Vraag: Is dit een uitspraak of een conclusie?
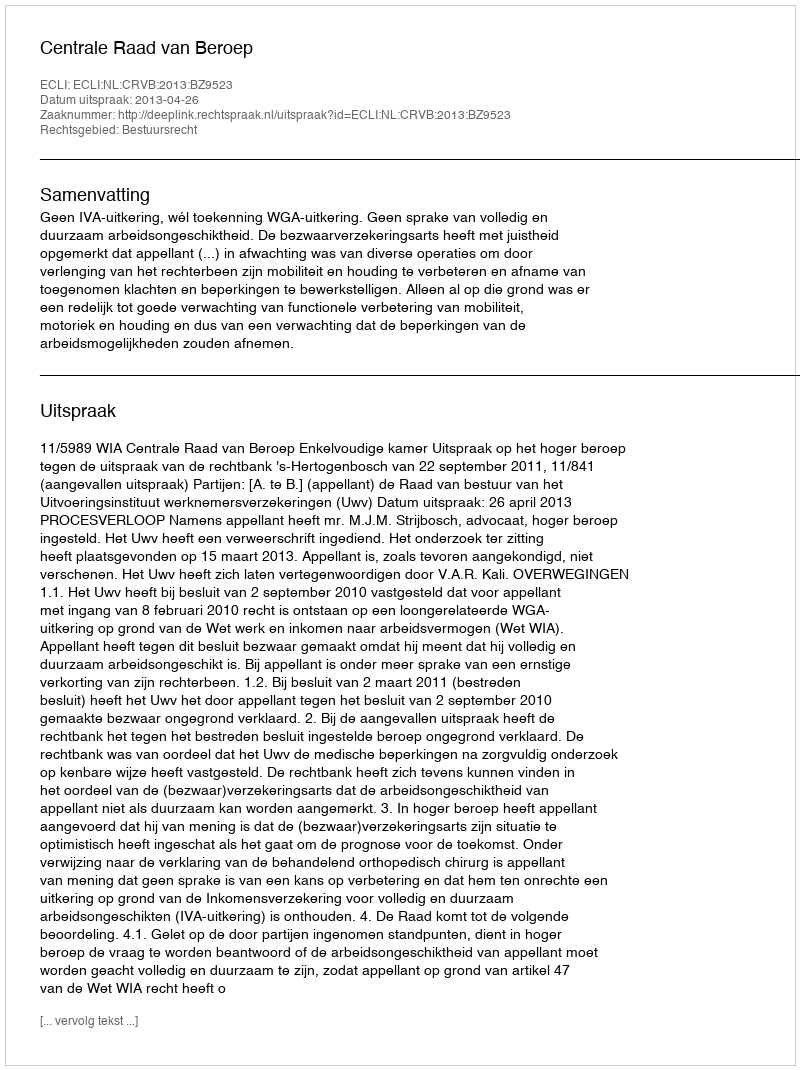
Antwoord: Uitspraak